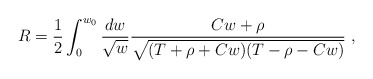
\begin{align*}R = \frac{1}{2} \int_0^{w_0} \frac{dw}{\sqrt{w}}\frac{Cw+\rho}{ \sqrt{(T+\rho+C w)(T-\rho-C w)}}\ ,\end{align*}